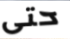
حتى